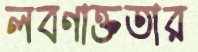
লবণাক্ততার